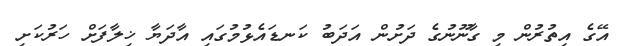
އޭގެ އިތުރުން މި ގާނޫނުގެ ދަށުން އަދަބު ކަނޑައެޅުމުގައި އާދަޔާ ޚިލާފަށް ހަރުކަށި